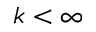
k < \infty